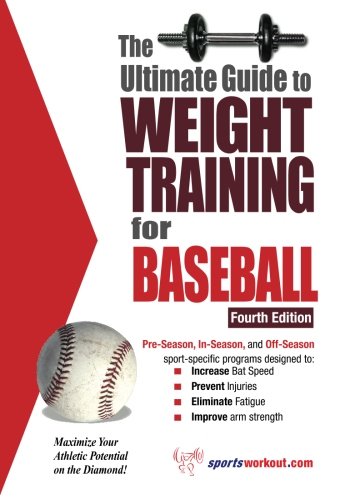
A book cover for Ultimate Guide to Weight Training for Baseball; Rob Price; Sports & Outdoors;